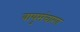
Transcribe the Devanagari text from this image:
वायुसंचारण